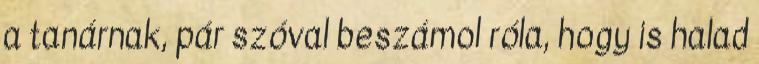
a tanárnak, pár szóval beszámol róla, hogy is halad